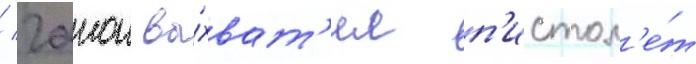
/ гаион вы́хват'ил п'истол'е́т